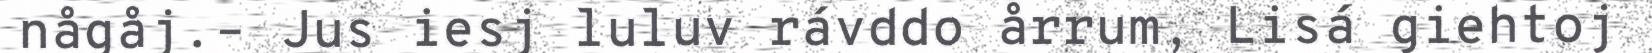
någåj.– Jus iesj luluv rávddo årrum, Lisá giehtoj